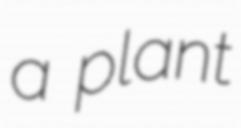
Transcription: a plant